Lunatic asylums Central Provinces reports 1895-1909 - 1895-1909
Year: 1895
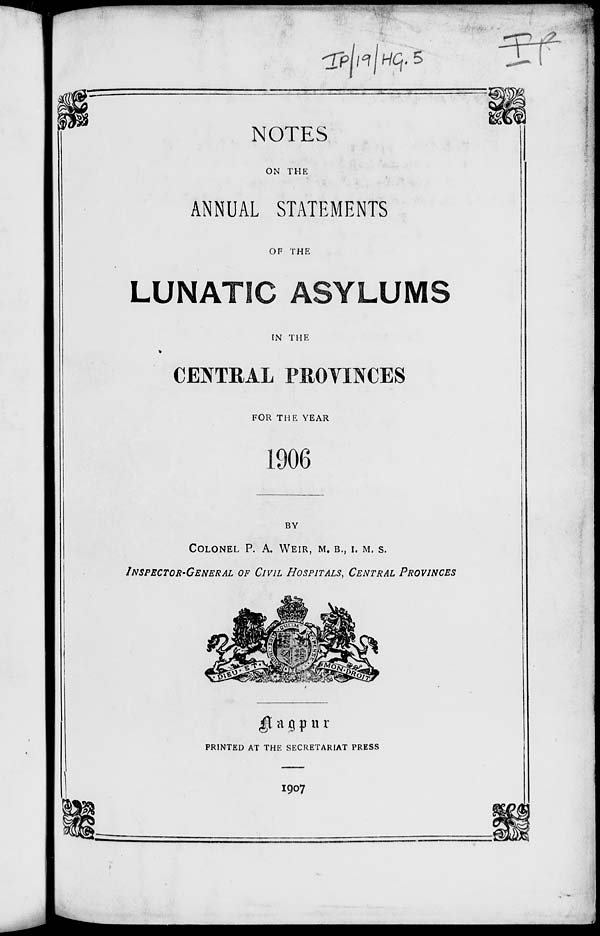
NOTES
ON THE
ANNUAL STATEMENTS
OF THE
LUNATIC ASYLUMS
IN THE
CENTRAL PROVINCES
FOR THE YEAR
1906
BY
COLONEL P. A, WEIR, M. B.,I. M. S.
INSPECTOR-GENERAL OF CIVIL HOSPITALS, CENTRAL PROVINCES
Nagpur
PRINTED AT THE SECRETARIAT PRESS
1907